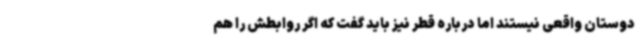
دوستان واقعی نیستند اما درباره قطر نیز باید گفت که اگر روابطش را هم